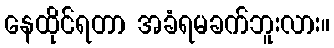
နေထိုင်ရတာ အခံရမခက်ဘူးလား။